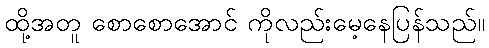
ထို့အတူ စောစောအောင် ကိုလည်းမေ့နေပြန်သည်။